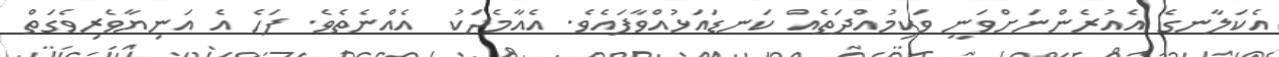
އެކަލާނގެ އެއުރެންނަށްވަނީ ވަކިމުއްދަތެއް ކަނޑައަޅުއްވާފައެވެ. އެއާމެދަކު  އެއްނެތެވެ. ފަހެ އެ އަނިޔާވެރިވެގަތް